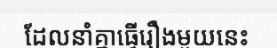
ដែលនាំគ្នាធ្វើរឿងមួយនេះ